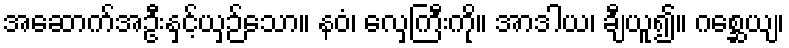
အဆောက်အဦးနှင့်ယှဉ်သော။ နဝံ၊ လှေကြီးကို။ အာဒါယ၊ ချီယူ၍။ ဂစ္ဆေယျ၊